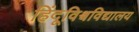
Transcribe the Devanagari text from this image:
हिंदूविश्वविद्यालय